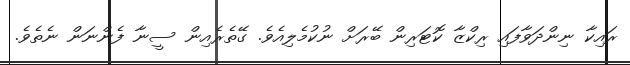
ރައިކާ ނިންދަވާފައި ރިކްޒާ ކޮޓަރިން ބޭރަށް ނުކުމެލިއެވެ. ގޭތެރެއިން ސީނާ ފެންނަން ނެތެވެ.